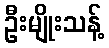
ဦးမျိုးသန့်